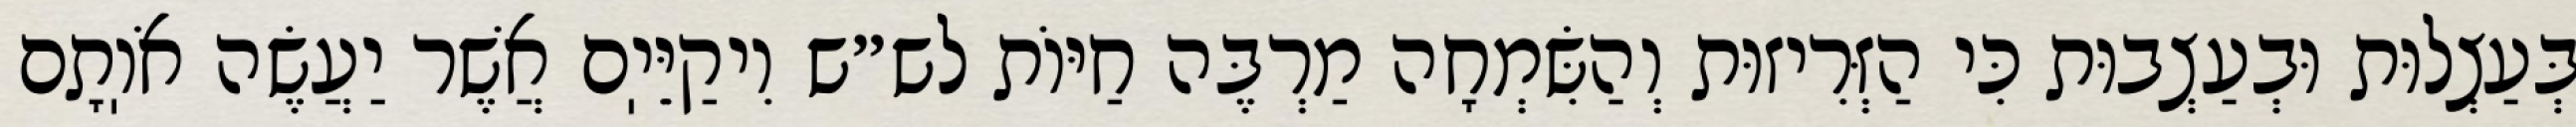
בְּעַצְלוּת וּבְעַצְבוּת כִּי הַזְּרִיזוּת וְהַשִּׂמְחָה מַרְבֶּה חַיּוֹת לש״ש וִיקַיֵּיֽם אֲשֶׁר יַעֲשֶׂה אֹוֽתָם